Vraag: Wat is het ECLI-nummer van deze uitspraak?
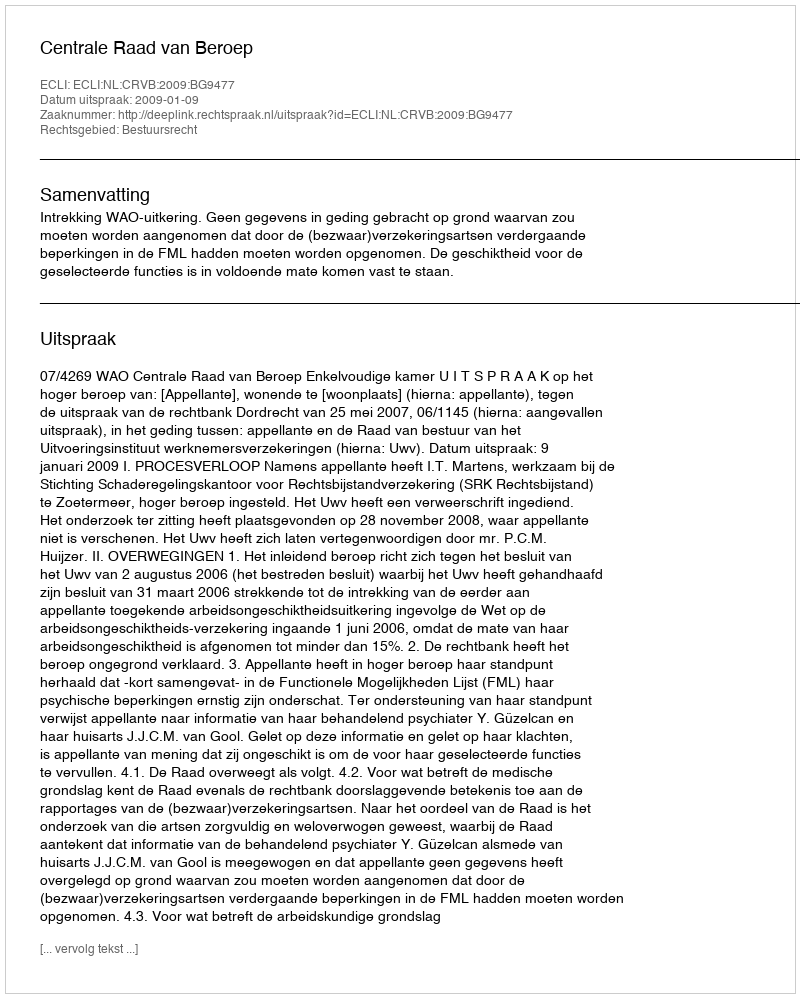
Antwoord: ECLI:NL:CRVB:2009:BG9477